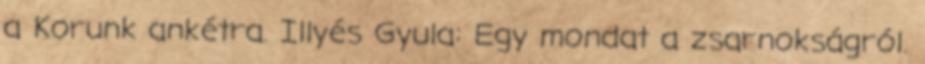
a Korunk ankétra. Illyés Gyula: Egy mondat a zsarnokságról.